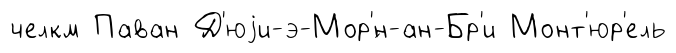
челкм Паван Д'юjи-э-Мор'́н-ан-Бр'и Монт'юр'ель